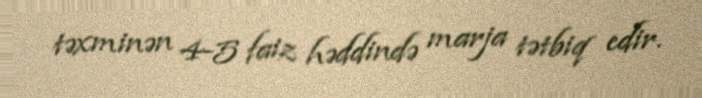
təxminən 4-5 faiz həddində marja tətbiq edir.